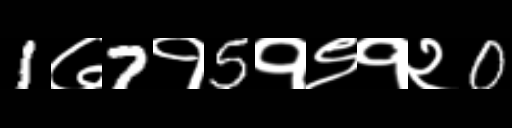
Text: 1७7१5१९१२0